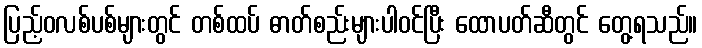
ပြည့်ဝလစ်ပစ်များတွင် တစ်ထပ် ဓာတ်စည်းများပါဝင်ပြီး ထောပတ်ဆီတွင် တွေ့ရသည်။